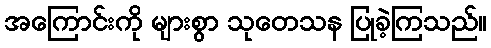
အကြောင်းကို များစွာ သုတေသန ပြုခဲ့ကြသည်။